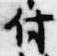
付